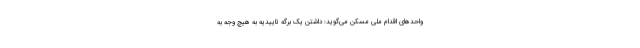
واحدهای اقدام ملی مسکن می‌گوید: داشتن یک برگه تاییدیه به هیچ وجه به